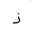
Letter: _thal